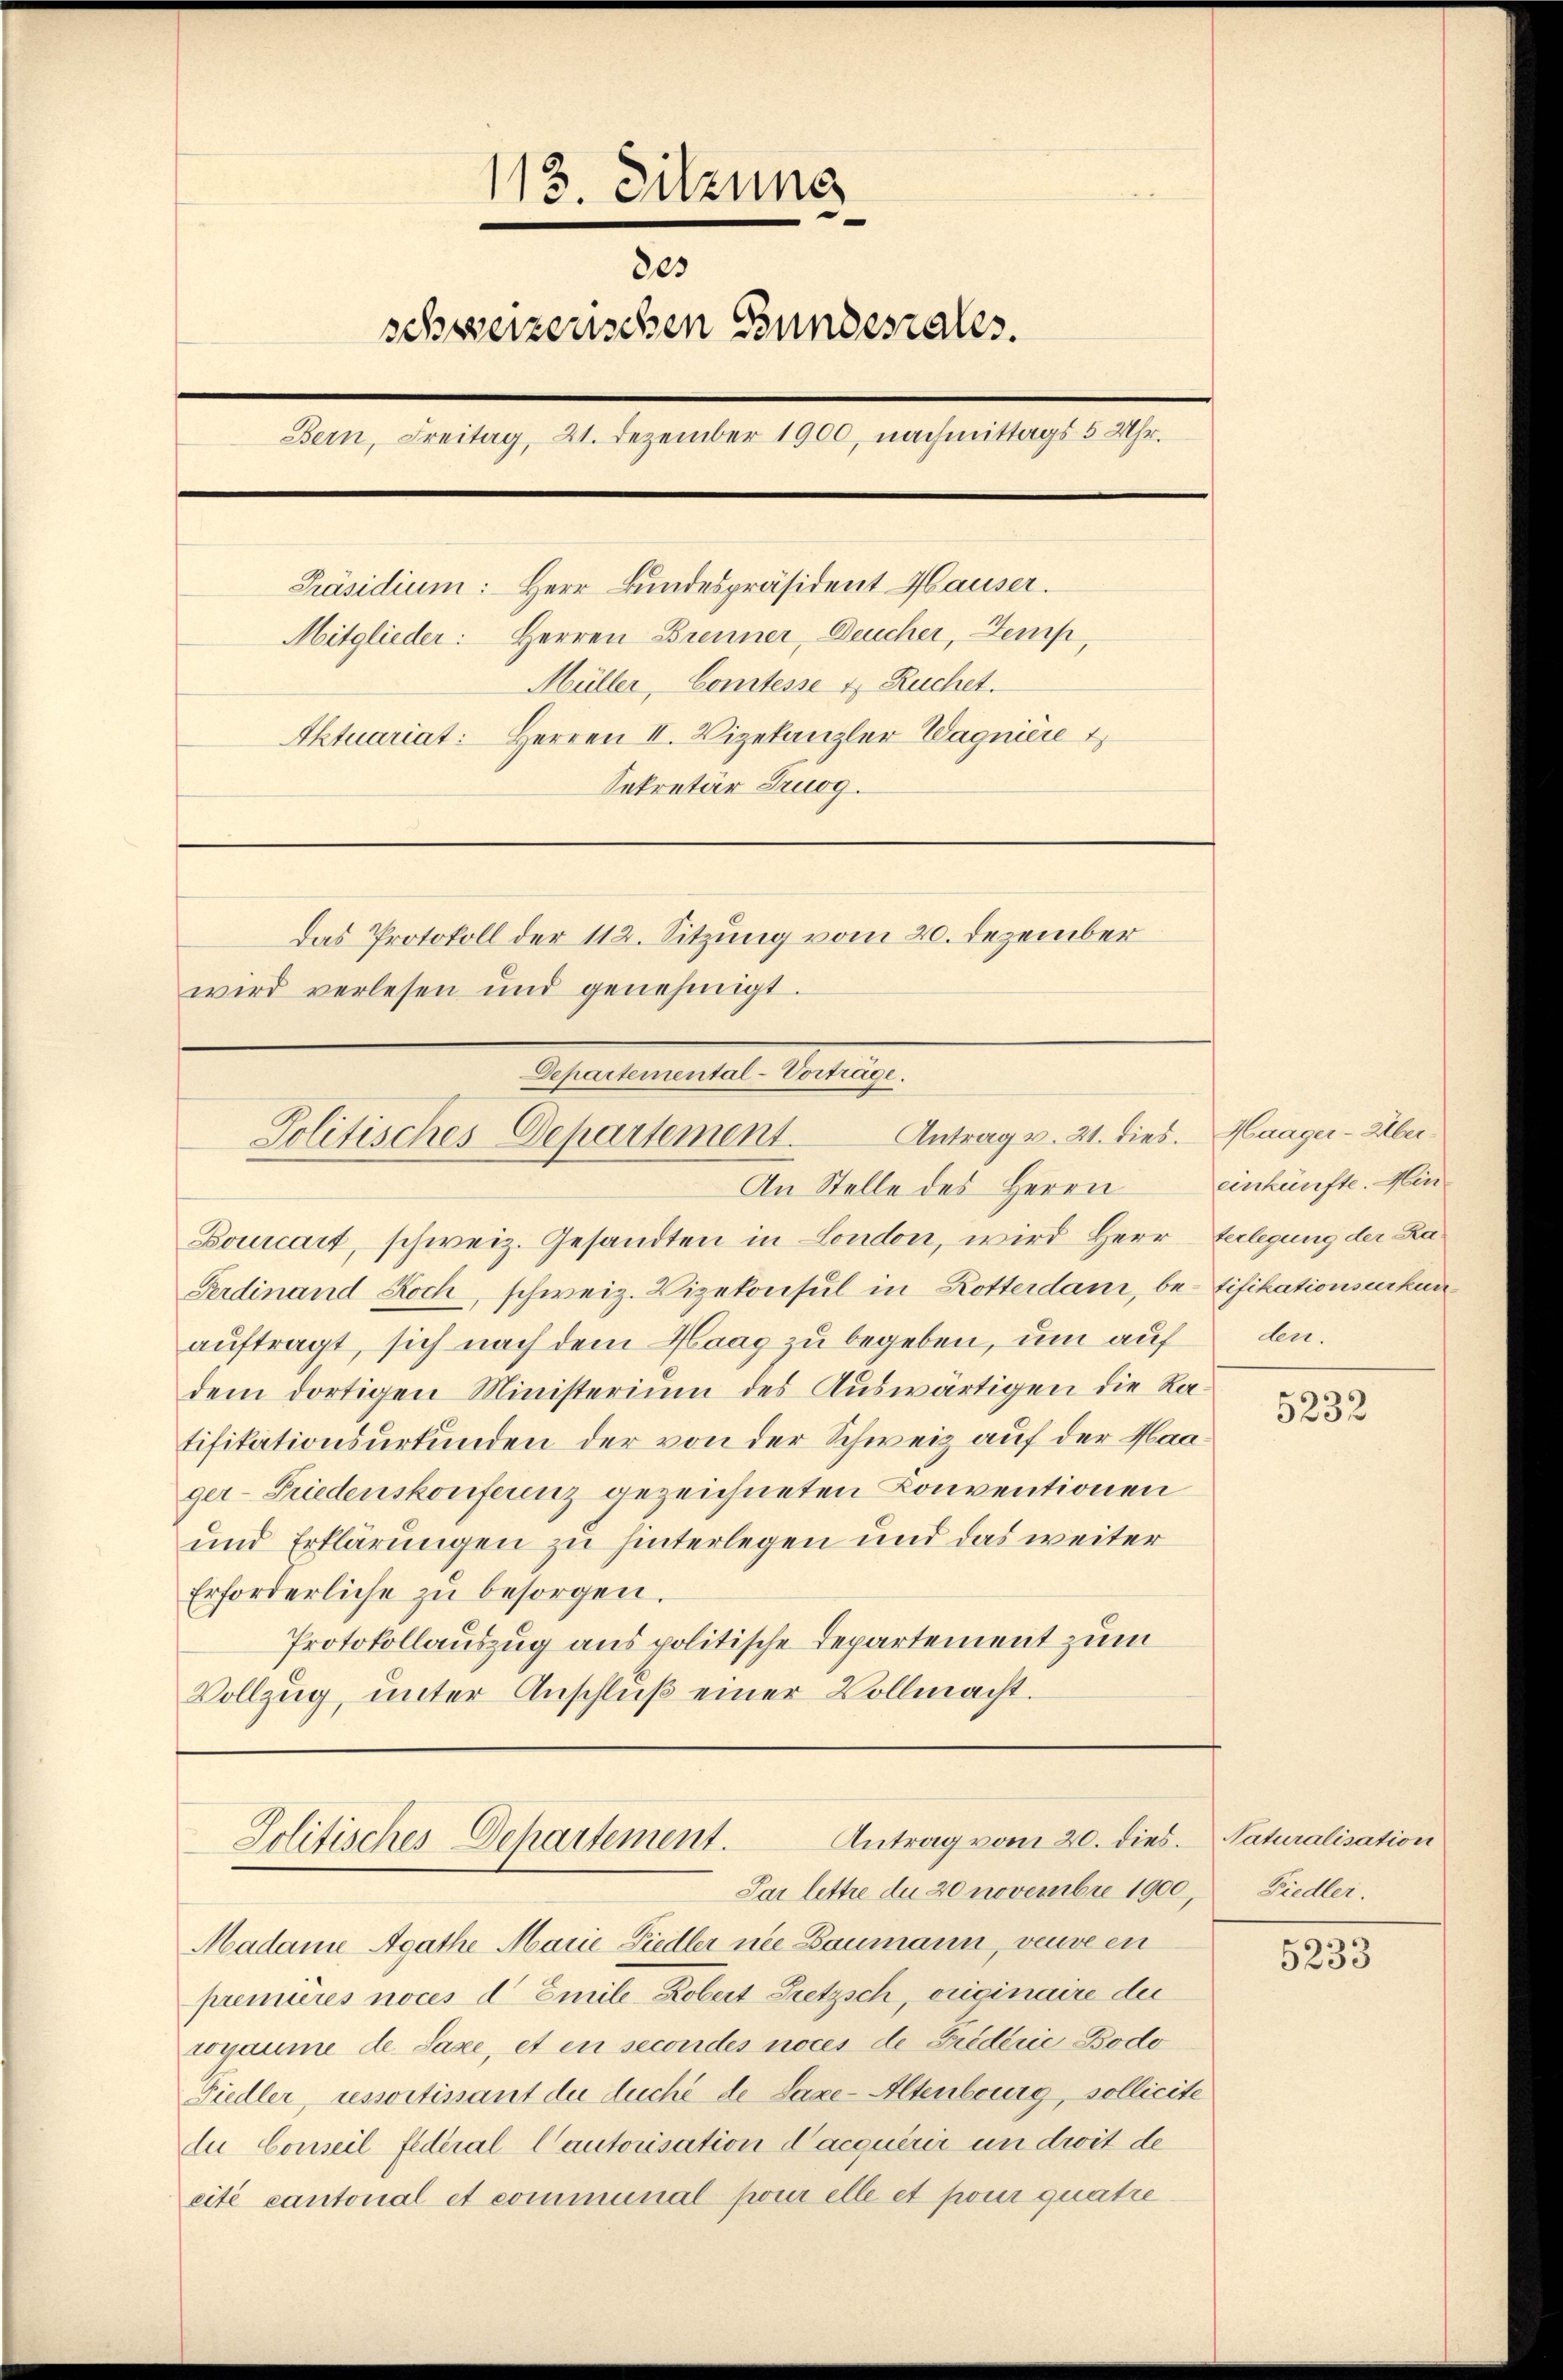
113. Sitzung
8es
schweizerischen Bundesrates.
Bern, Freitag, 21. Dezember 1900, nachmittags 5 Uhr.
Präsidium: Herr Bundespräsident Hauser.
Herren Brenner, Deucher, Zemp,
Mitglieder:
Müller, Comtesse u. Ruchet.
Aktuariat: Herren II. Vizekanzler Wagnière
Sekretär Szuog.
Das Protokoll der 112. Sitzung vom 20. Dezember
wird verlesen und genehmigt.

Bourcart, schweiz. Gesandten in London, wird Herr Verlegung der Ka¬
Ferdinand Koch, schweiz. Vizekonsul in Rotterdam, be- tifikationsurkun
auftragt, sich nach dem Haag zu begeben, um auf
dem dortigen Ministerium des Auswärtigen die Ratifikationsurkunden der von der Schweiz auf der Haager-Friedenskonferenz gezeichneten Konventionen
und Erklärungen zu hinterlegen und das weiter
Erforderliche zu besorgen.
Protokollauszug aus politische Departement zum
Vollzug, unter Anschlŭβ einer Vollmacht.

Referntementes Wertung.
Antrag v. 21. dies.
Politisches Departement.
An Stelle des Herrn

Par lettre du 20 novembre 1900,
Madame Agathe Marie Liedler nie Baumann, veuve en
premières noces d Emile-Robert Pretzsch, originaire der
wyaume de Saxe, et en secondes noces de Friderić -Bodo
Fiedler, ressortissant du duché de Laxe-Altenburg, sollicite
du Conseil fédéral Cautorisation d’acquérir un droit de
cité cantonal et communal pour elle et pour quatre

Antrag vom 20. dies
Politisches Departement.

Haager-Übereinkünfte. Hin
den.

5232

Naturalisation
Fiedler.

.
5253